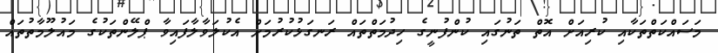
މަސައްކަތްތަކާއި ކުރިއަށް އޮތް ތަނުގައި ކުންފުނީގެ ހިދުމަތްތައް ރަނގަޅުކުރުމަށް އެކުލަވާލާފައިވާ ޕްލޭންތަކުގެ މައުލޫމާތުތައް